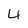
Character: 4